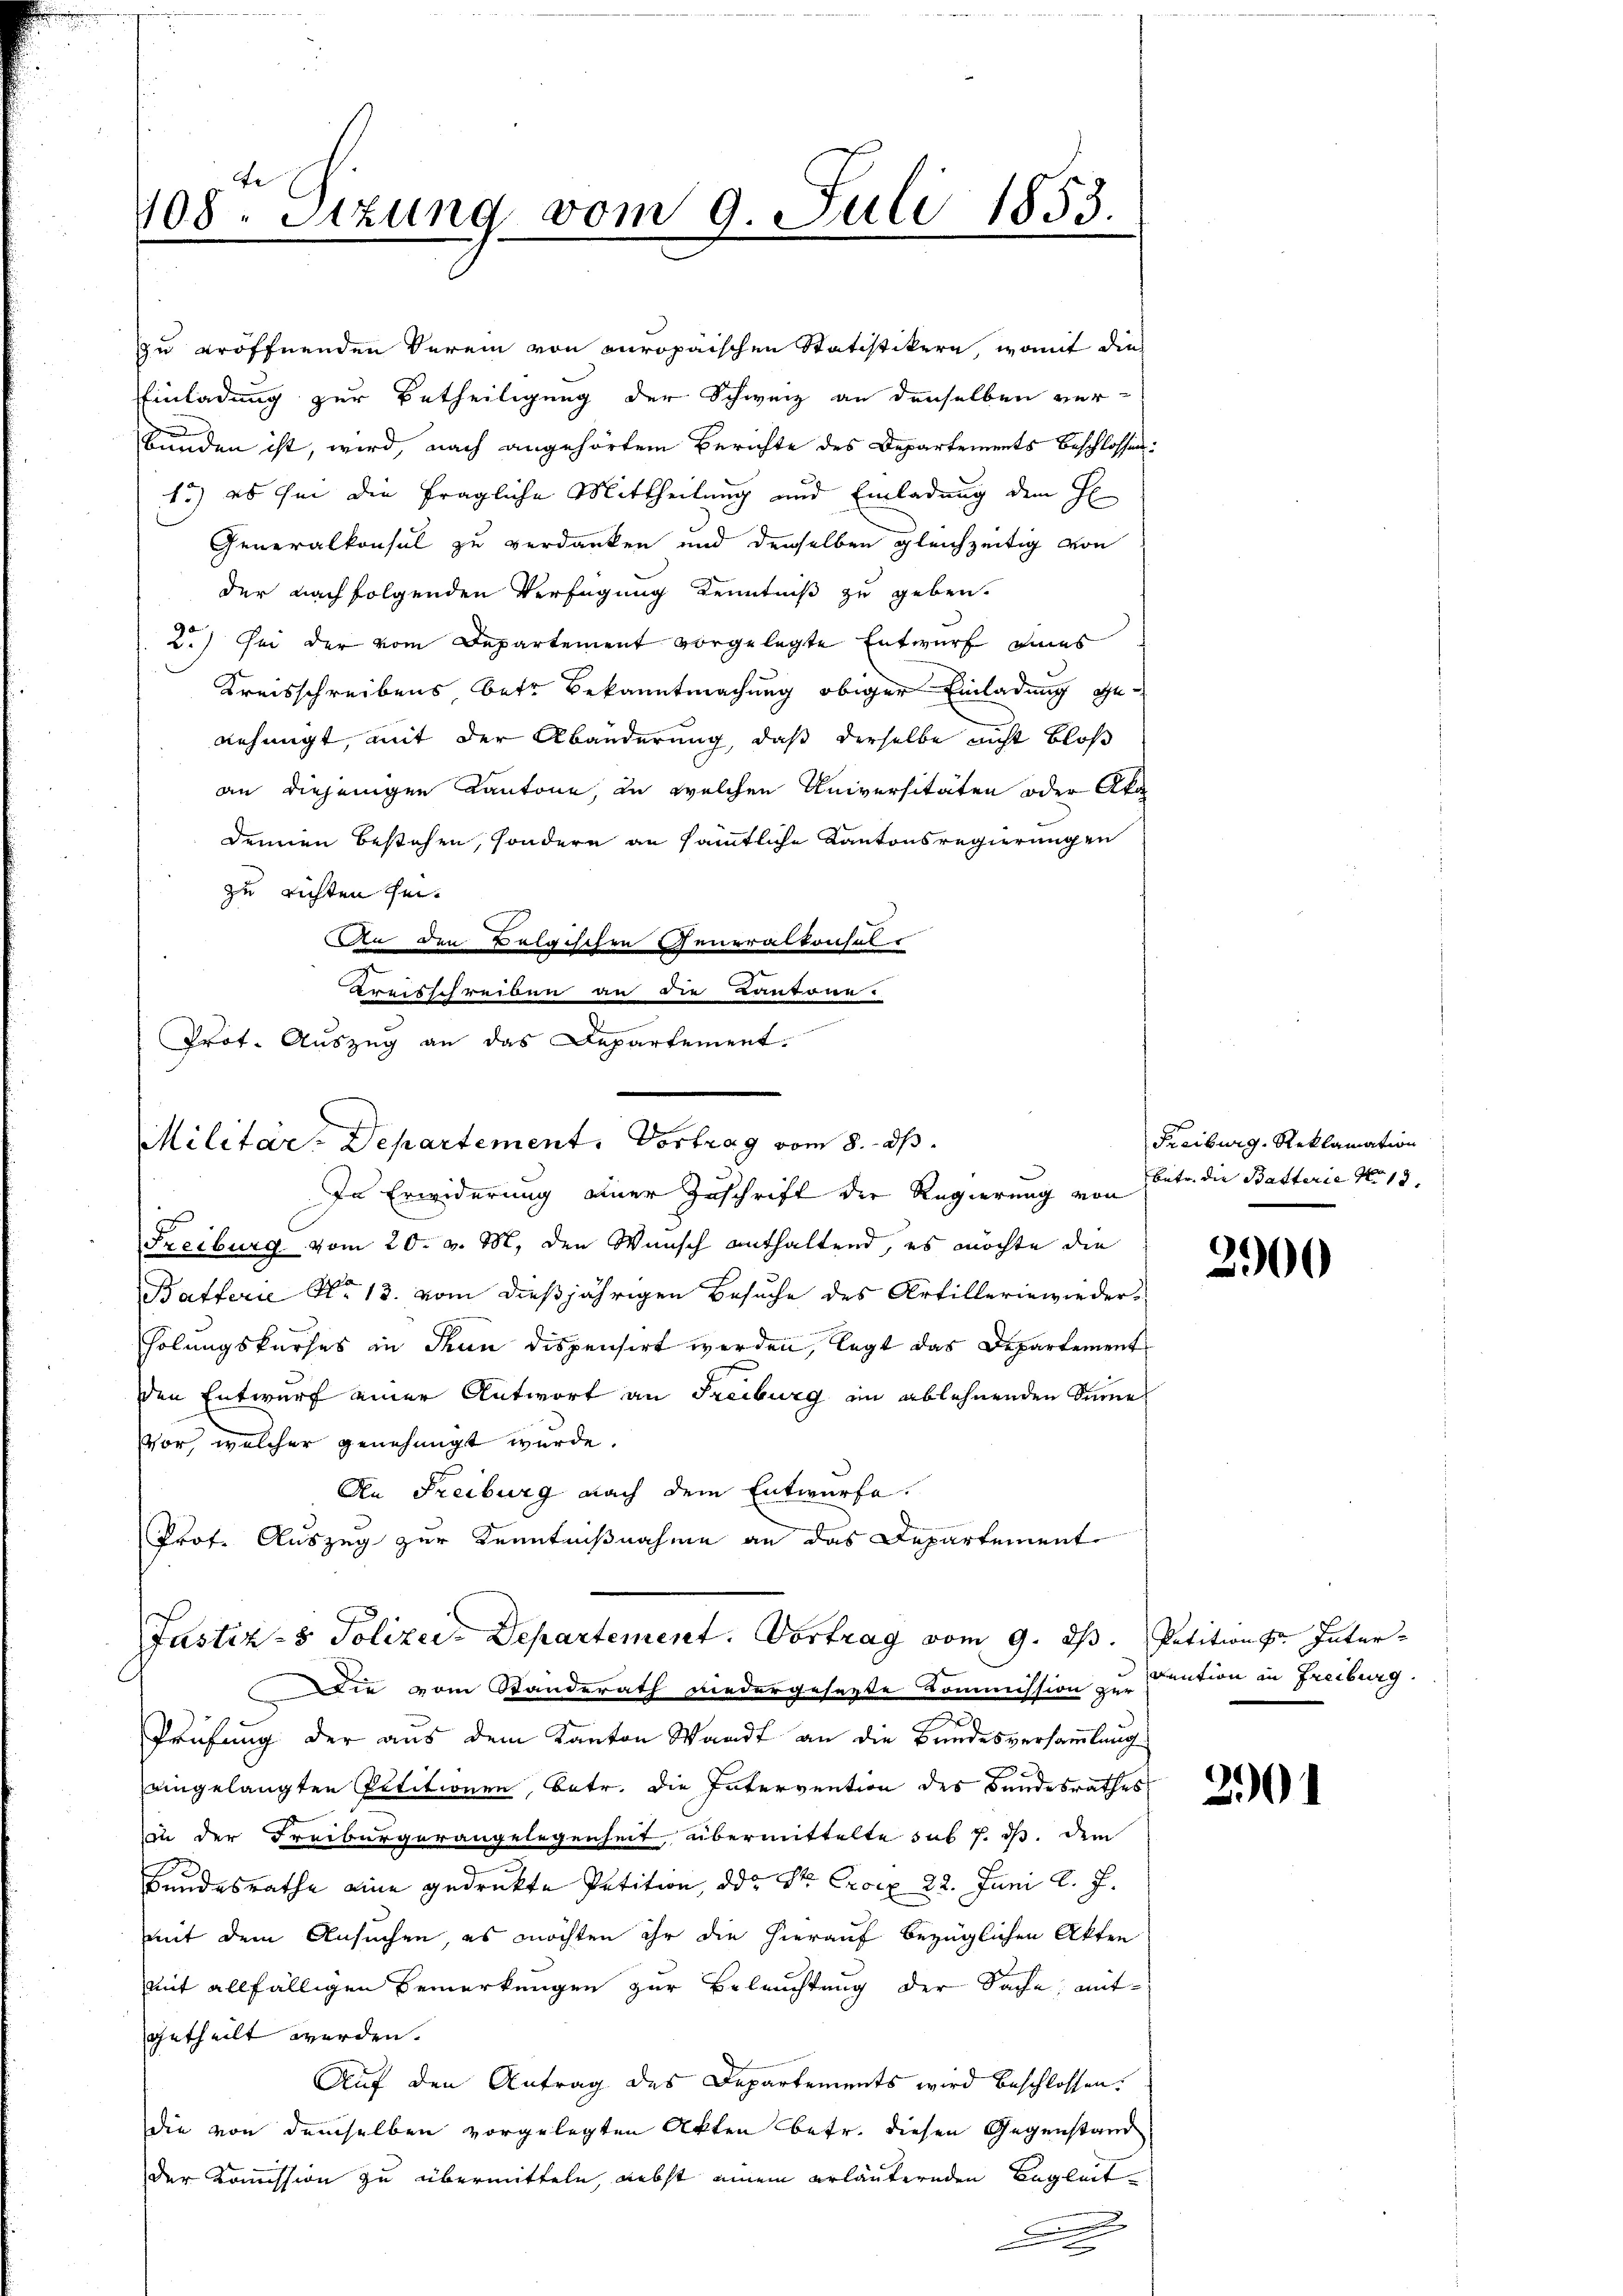
108ten Sizung vom 9. Juli 1853.

zu eröffnenden Verein von europaischen Statistikern, womit dies
Einladung zur Betheiligung der Schweiz an denselben verbunden ist, wird, nach angehörtem Berichte des Departements Beschlossen:
1.) es ihm die fragliche Mittheilung und Einladung dem H
Generalkonsul zu verdanken und denselben gleichzeitig von
der nachfolgenden Verfügung Kenntniß zu geben.
2.) Sei der vom Departement vorgelegte Entwurf eines
Kreisschreibens, betr. Bekanntmachung obiger Einladung genehmigt, mit der Abänderung, daß derselbe nicht bloß
an diejenigen Kantone, zu welchen Universitäten oder Aka
demien bestehen, sondern an sämmtliche Kantonsregierungen
zu richten sei.
An den Belgischen Generaltonhal¬
Kreisschreiben an die Kantone.
Prot. Auszug an das Departement.
Freiburg vom 20. v. M. den Wunsch enthaltend, es möchte die
Batterie No 13. vom dießjährigen Besuche des Artilleriewiederholungskurses in Thun dispensirt werden, legt das Departement
den Entwurf einer Antwort an Freiburg im ablehnenden Sinne
vor, welcher genehmigt wurde.
An Freiburg nach dem Entwurfe.
Prof. Auszug zur Kenntnißnahme an das Departement
Justiz- & Polizei-Departement. Vortrag vom 9. ds. Petition Inter¬
Die vom Standerath niedergesagte Kommission zur Cention in Freiburg.
a
Prüfung der aus dem Kanton Waadt an die Bundesversammlung
d
eingelangten Petitionen, betr. die Intervention des Bundesrathes
zu der Freiburgerangelegenheit, übermittelte sub 7. ds. dem

Bundesrathe eine gedrukte Petition, da Sr. Croix 22. Juni l. J.
mit dem Ansuchen, es möchten ihr die hierauf bezüglichen Akten
mit allfälligen Bemerkungen zur Beleuchtung der Sache, mitgetheilt werden.
Auf den Antrag des Departements wird beschlossen.
die von demselben vorgelegten Akten betr. diesen Gegenstand
der Kommission zu übermitteln, nebst einem erläuternden Begleit¬
.

Militär-Departement. Vortrag vom 8. ds.
In Erwiderung einer Zuschrift der Regierung von Unter die Batterie No 13

Freiburg, Reklamation

2900

201